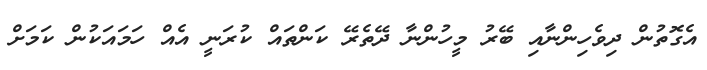
އެގޮތުން ދިވެހިންނާއި ބޭރު މީހުންނާ ދޭތެރޭ ކަންތައް ކުރަނީ އެއް ހަމައަކުން ކަމަށް